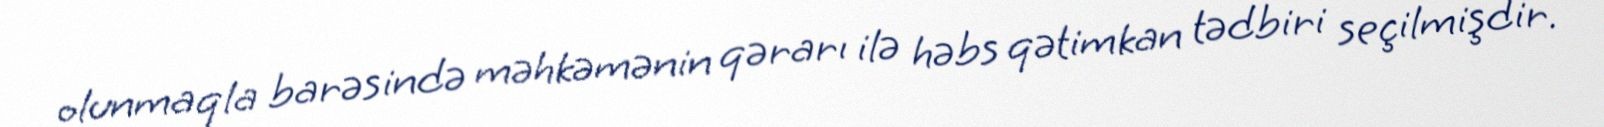
olunmaqla barəsində məhkəmənin qərarı ilə həbs qətimkan tədbiri seçilmişdir.